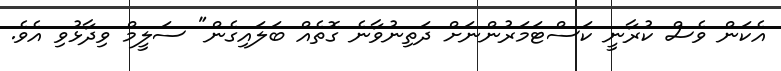
އެކަން ވެސް ކުރާނީ ކަސްޓަމަރުންނަށް ދަތިނުވާނެ ގޮތެއް ބަލައިގެން" ސަލީމް ވިދާޅުވި އެވެ.